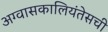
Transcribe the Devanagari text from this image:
अग्वासकालियंतेसची